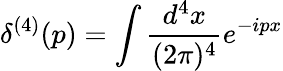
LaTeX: \delta^{(4)}(p)=\int\frac{d^{4}x}{(2\pi)^{4}}e^{-ipx}